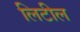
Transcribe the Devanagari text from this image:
लिटील